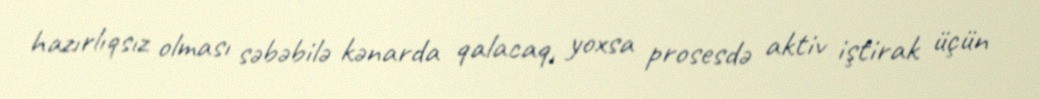
hazırlıqsız olması səbəbilə kənarda qalacaq, yoxsa prosesdə aktiv iştirak üçün